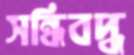
সন্ধিবদ্ধ